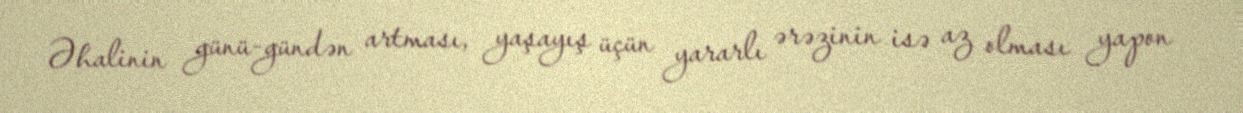
Əhalinin günü-gündən artması, yaşayış üçün yararlı ərəzinin isə az olması yapon